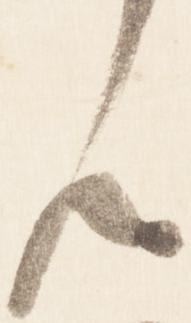
ん